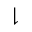
\downharpoonright